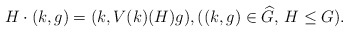
\begin{align*}H \cdot (k, g) = (k, V(k)(H) g),((k, g) \in \widehat{G},\, H\leq G).\end{align*}